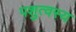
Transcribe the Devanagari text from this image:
पशुत्वस्य